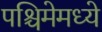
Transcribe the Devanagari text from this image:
पश्चिमेमध्ये